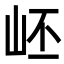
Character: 岯